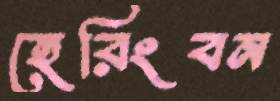
হেরিংবন